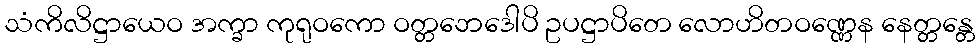
သံကိလိဋ္ဌာယေဝ အက္ခာ ကုရုဝကော ဝတ္တဘေဒေါပိ ဥပဋ္ဌာပိတေ လောဟိတဝဏ္ဏေန နေတ္တန္တေ